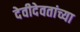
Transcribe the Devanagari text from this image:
देवीदेवतांच्या